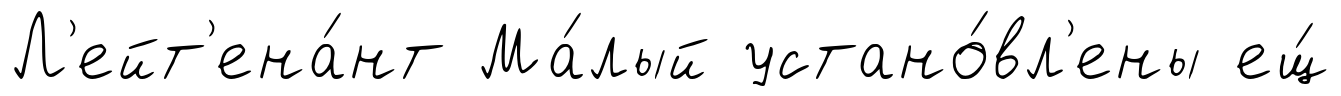
Л'ейт'ена́нт Ма́лый устано́вл'ены ещ́